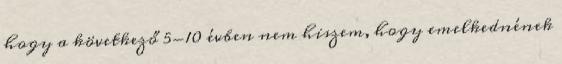
hogy a következő 5-10 évben nem hiszem, hogy emelkednének